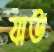
যাত